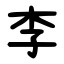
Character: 李